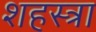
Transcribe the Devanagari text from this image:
शहस्त्रा